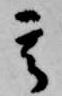
其